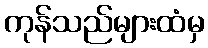
ကုန်သည်များထံမှ